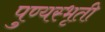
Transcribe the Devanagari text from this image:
पुण्यस्भृती